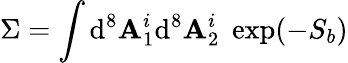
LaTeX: \Sigma=\int\mathrm{d}^{8}\mathbf{A}_{1}^{i}\mathrm{d}^{8}\mathbf{A}_{2}^{i}\; \exp(-S_{b})